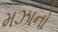
મઝાનો